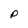
Character: P